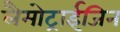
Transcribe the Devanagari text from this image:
लैमोट्राईजिन